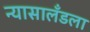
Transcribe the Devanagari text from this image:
न्यासालँडला